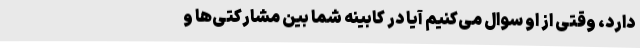
دارد، وقتی از او سوال می‌کنیم آیا در کابینه شما بین مشارکتی‌ها و